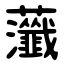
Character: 虃